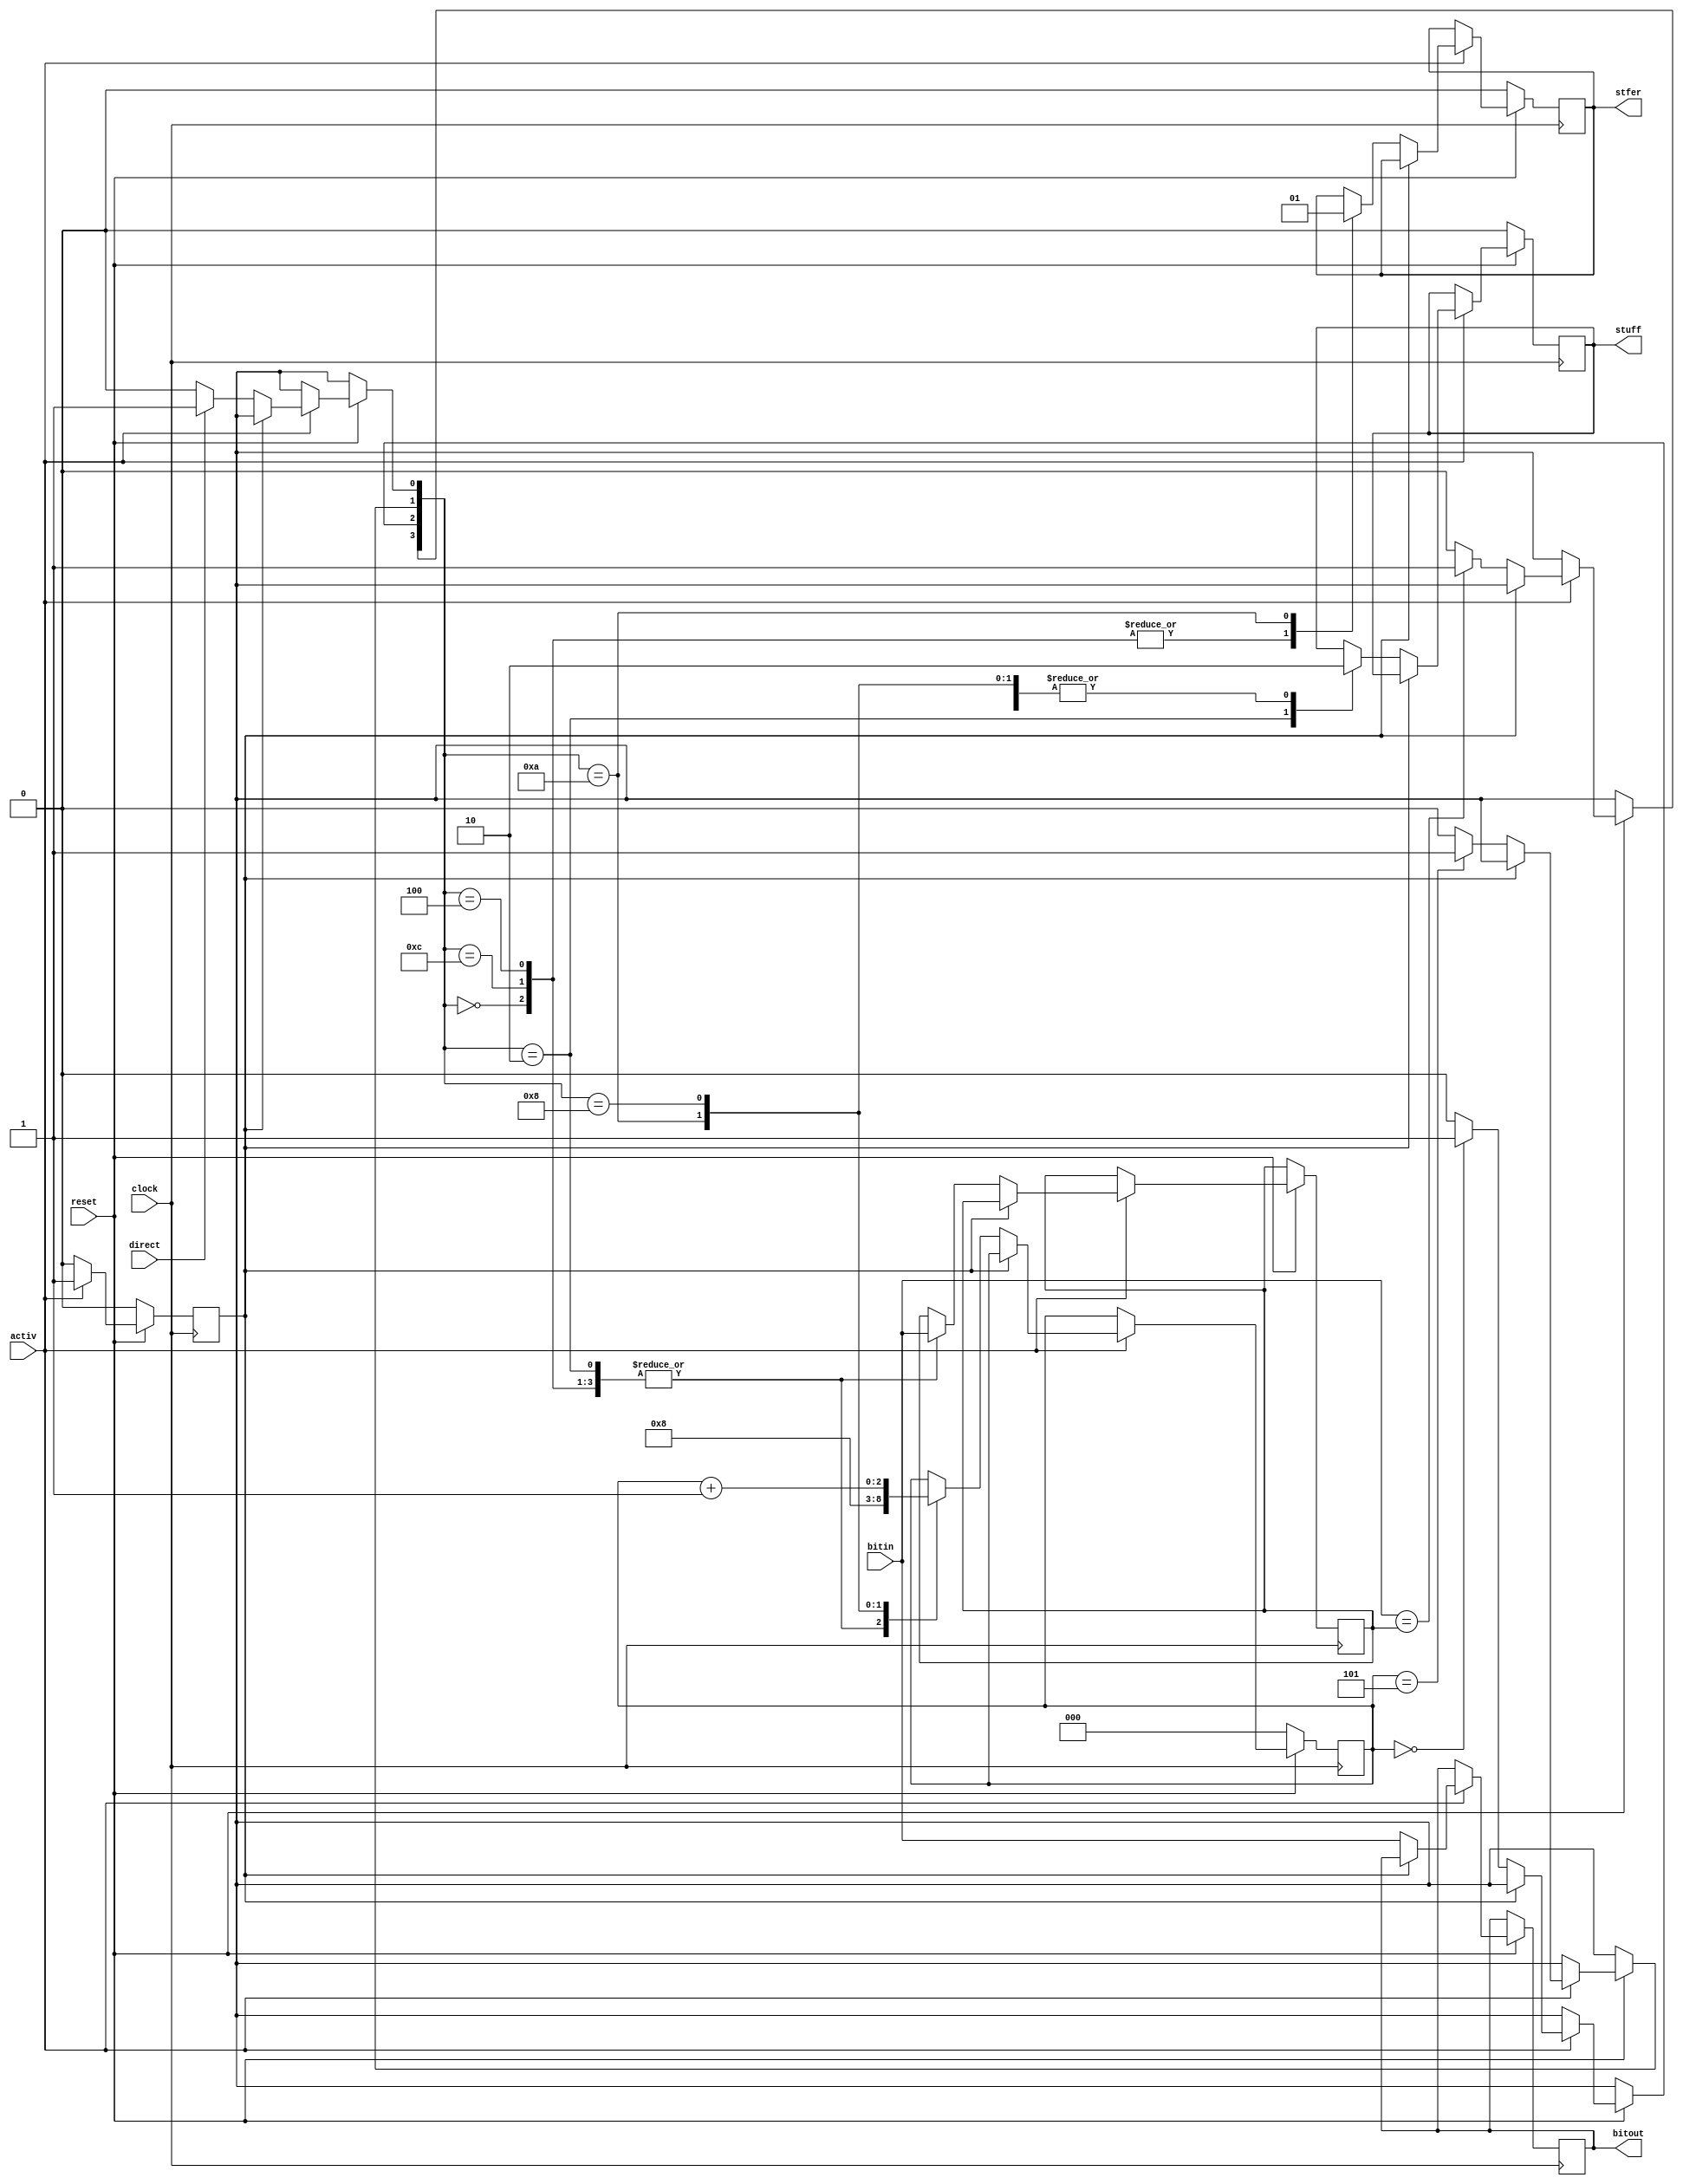
////////////////////////////////////////////////////////////////////////////////////////////////////
//
// Interessengruppe fuer Mikroelektronik und Eingebettete Systeme (IMES)
// Fachhochschule Dortmund
//
// Tool         : Mentor Graphics HDL Designer(TM) 2015.1b (Build 4)
// Description  : destuffing unit
// Commentary   : activ zhlt, direct berbrckt (bei Errorflags etc.)
//                reset synchron mit neg. clock Flanke, da von MACFSM ausgelst (auch)
//                DW 2005_06_30 clock Flanke von negativ auf positiv geaendert. 
//
// Changelog:
// -------------------------------------------------------------------------------------------------
// Version | Author             | Date       | Changes
// -------------------------------------------------------------------------------------------------
// 0.9     | Leduc              | 01.07.2019 | created
// -------------------------------------------------------------------------------------------------
//
////////////////////////////////////////////////////////////////////////////////////////////////////

//`resetall
//`timescale 1ns/10ps
//`default_nettype none

module destuffing2(
  input  wire clock,
  input  wire bitin,    // bittiming: sampledbit
  input  wire activ,    // MACFSM: actvrstf
  input  wire reset,    // MACFSM: resetdst or reset
  input  wire direct,   // MACFSM: actvrdct
  output wire  stfer,    // MACFSM: stferror
  output wire  stuff,    // MACFSM: stuffr
  output wire  bitout    // MACFSM: inbit; rcrc,rshift:bitin
  );

//tmrg default triplicate
//tmrg tmr_error false

reg [2:0] count;
reg [3:0] state;
reg buff;         // name was changed from buf to buff
reg edged;        // Flankenmerker, deglitch
reg stfer_i;
reg stuff_i;
reg bitout_i;

//triplication signals
wire edgedVoted = edged;
wire stfer_iVoted = stfer_i;
wire stuff_iVoted = stuff_i;
wire bitout_iVoted = bitout_i;

assign stfer = stfer_iVoted;
assign stuff = stuff_iVoted;
assign bitout = bitout_iVoted;

always@(posedge clock)    // DW 2005_06_30 clock Flanke von negativ auf positiv geaendert.  
begin
 if (reset == 1'b0)
  begin
    count = 3'b0;
    state = 4'b0000;
    stuff_i <= 1'b0;
    stfer_i <= 1'b0;
    edged = 1'b0;
  end  
 else
  begin
    edged = edgedVoted;
    stfer_i <= stfer_iVoted;
    stuff_i <= stuff_iVoted;
    bitout_i <= bitout_iVoted;
    if (activ == 1'b1)
      if (edgedVoted == 1'b0)
       begin
        edged = 1'b1;
        bitout_i <= bitin;       // Bit weitergeben
        
        if (bitin == buff)     // gleiches Bit
          state[3] = 1'b1; 
        else
          state[3] = 1'b0;
          
        if (count == 3'd0)     // Anfang
          state[2] = 1'b1;
        else
          state[2] = 1'b0;
          
        if (count == 3'd5)     // Stufffall
          state[1] = 1'b1;
        else
          state[1] = 1'b0;
          
        if (direct == 1'b1)    // uebergehen
          state[0] = 1'b1;
        else
          state[0] = 1'b0;
      // end
       
        case (state)
         4'b0100, 4'b1100, 4'b0000  : begin
                                      buff  = bitin;    // erstes Bit, da count=0
                                      count = 3'b1;     // oder Buf/=Bit, dann
                                      stuff_i <= 1'b0;     // count 'resetten'
                                      stfer_i <= 1'b0;
                                      end
         4'b0010                    : begin
                                      count = 3'b1;     // Stuffbit entfernen, da count=5
                                      stuff_i <= 1'b1;
                                      buff  = bitin;
                                      end
         4'b1010                    : begin
                                      stfer_i <= 1'b1;     // stuff error, buf=bitin und count=5
                                      stuff_i <= 1'b0;
                                      count = 3'd0;
                                      end
         4'b1000                    : begin 
                                      count = count +4'd1; // gleiches Bit aber keine Regelverletzung
                                      stuff_i <= 1'b0;        // buf=bitin, count <6
                                      end
         default                    : begin               // NULL in VHDL
                                      buff   = buff;
                                      count  = count;
                                      stuff_i <= stuff_iVoted;
                                      stfer_i <= stfer_iVoted;
                                      end                  
        endcase
        
       end
      else
        edged = 1'b1;
    else
      edged = 1'b0;
  end
end

endmodule